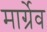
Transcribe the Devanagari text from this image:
मार्ग्रेव